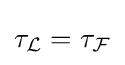
\tau _{\mathcal {L}}=\tau _{\mathcal {F}}